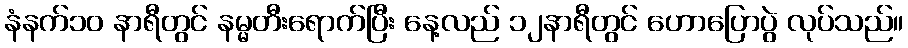
နံနက်၁၀ နာရီတွင် နမ္မတီးရောက်ပြီး နေ့လည် ၁၂နာရီတွင် ဟောပြောပွဲ လုပ်သည်။